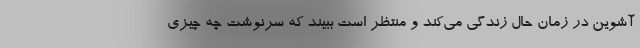
آشوین در زمان حال زندگی می‌کند و منتظر است ببیند که سرنوشت چه چیزی